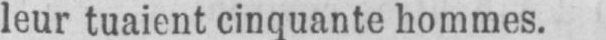
leur tuaient cinquante hommes.